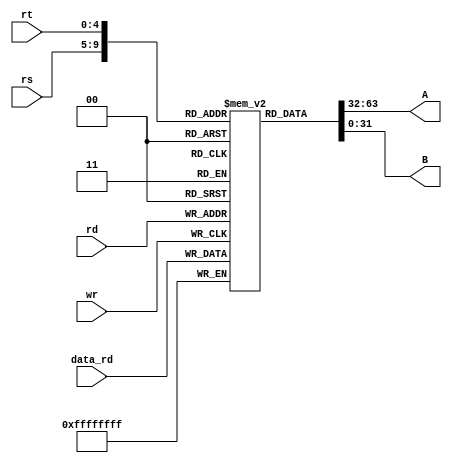
`timescale 1ns / 1ps
//////////////////////////////////////////////////////////////////////////////////
// Company: 
// Engineer: 
// 
// Design Name: 
// Module Name:    Reg_Bank 
// Project Name: 
// Target Devices: 
// Tool versions: 
// Description: 
//
// Dependencies: 
//
// Revision: 
// Revision 0.01 - File Created
// Additional Comments: 
//
//////////////////////////////////////////////////////////////////////////////////
module Reg_Bank(
    input [4:0] rs,
    input [4:0] rt,
    output [31:0] A,
    output [31:0] B,
    input [4:0] rd,
    input [31:0] data_rd,
    input wr
    );
	 
reg [31:0] Reg [0:31] ;
reg [31:0]RegA;
reg [31:0]RegB;	 


assign A=Reg[rs];
assign B=Reg[rt];


 always @(posedge wr)
	begin
	Reg[rd]= data_rd;
	end

endmodule